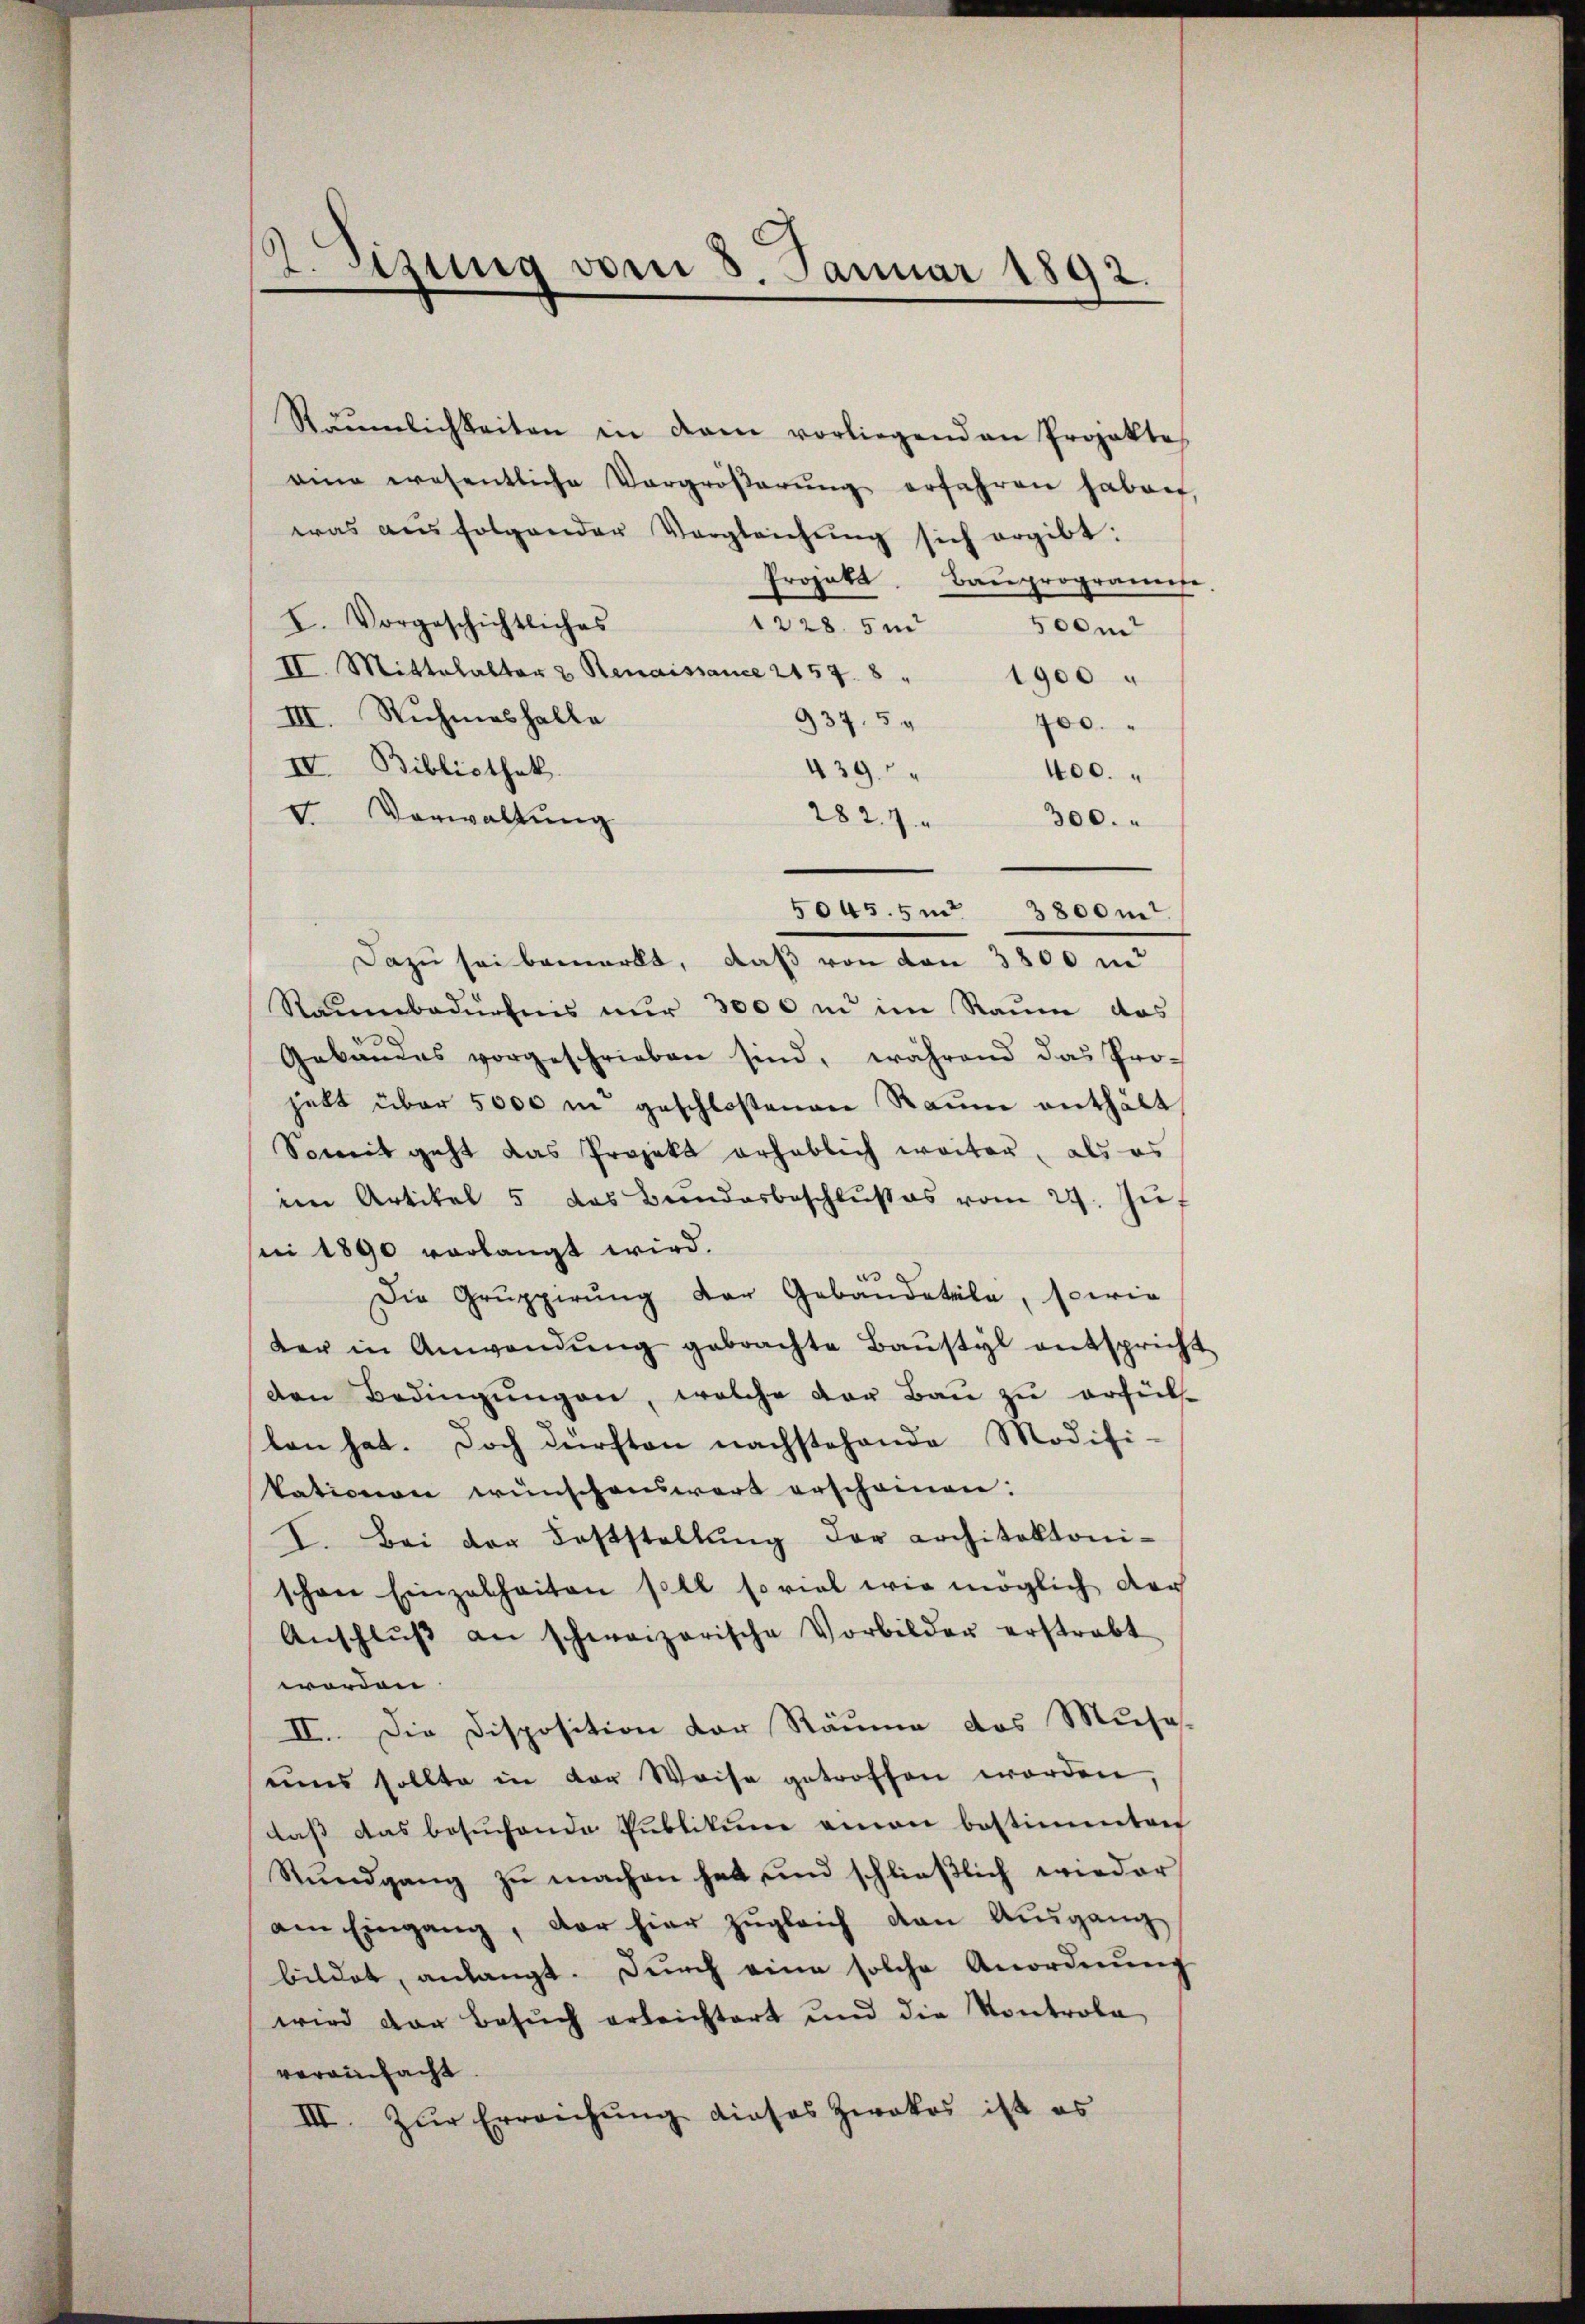
Räŭmlichkeiten in dem vorliegenden Projekte.
eine wesentliche Vergröβerŭng erfahren haben,
was aus folgender Vergleichŭng sich ergibt:
Projekt. Bauprogramese
I. Vorgeschichtliches
12285 m
500m
II. Mittelalter & Renaissance 2157. 8 " 1900 "
III. Ruhmeshalle
937. 5. 700. "
IV. Bibliothek.
439
400.
V Vorwaltung
2827
300.
50455 n 3800m
Dazu sei bemerkt, daß von den 3800 m
Raumbedürfnis nur 3000 in im Raum das
Gebäŭdes vorgeschrieben sind, während das Pro-
jekt über 5000 in geschloßenen Raum enthält
Somit geht das Projekt erheblich weiter, als es
imn Artikel 5 das Bundesbeschlŭβes vom 29. Zŭf
ni 1890 vorlangt wird.
Die Gruppierŭng der Gebäudetäle, sowie
der in Anwendŭng gebrachte Baŭstyl entspricht
den Bedingungen, welche der Bau zu erfülle
len hat. Doch dürften nachstehende Modifi-
kationen wünschenswert erscheinen.
V. Bei der Feststellŭng der Architektoni-
schon Einzelheiten soll soviel wie möglich der
Anschlŭβ an schweizerische Vorbilder erstrabt
worden
II. Die Disposition der Räume das Muse-
uns sollte in der Weise getroffen worden,
das das besuchende Publikum einen bestimmten
Stundgang zu machen hat und schließlich wieder
am Eingang, der hier zŭgleich den Ausgang
bildet, anlangt. Durch eine solche Anordnŭng
wird der Besŭch erleichtert und die Kontrola
verainfacht
III. Zur Erreichung dieses Zwakos ist es

2. Jung vom 8. Januar 1892.